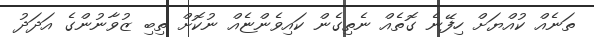
ތަނެއް ކުއްޔަށް ހިފޭނެ ގޮތެއް ނެތިގެން ކައިވެންޏެއް ނުކޮށް ތިބި ޒުވާނުންގެ އަދަދު